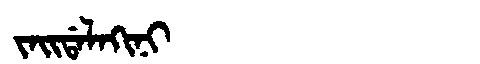
Manchu: ᠵᠠᡳᡩᠠᠯᠠᡴᡳᠨᡳ
Romanization: JAIDALAKINI